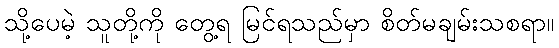
သို့ပေမဲ့ သူတို့ကို တွေ့ရ မြင်ရသည်မှာ စိတ်မချမ်းသစရာ။